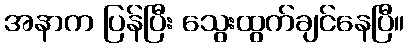
အနာက ပြန်ပြီး သွေးထွက်ချင်နေပြီ။